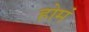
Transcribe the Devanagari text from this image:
होमं